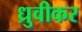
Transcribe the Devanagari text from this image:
ध्रुवीकर